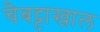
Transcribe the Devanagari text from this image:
चैबट्टाखाल